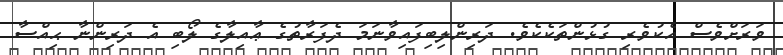
ވަރަށްވެސް އެކުވެރި ގުޅުންތަކެކެވެ. ދަރިންލިބިފައިވާނަމަ ދެފަރާތުގެ ޢާއިލާގެ ލޯބި އެ ދަރިންނާ ޙިއްސާ